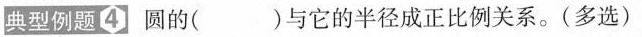
典型例题4 圆的( )与它的半径成正比例关系。(多选)